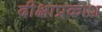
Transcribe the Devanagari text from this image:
दीक्षाप्रकाश